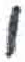
אות: י